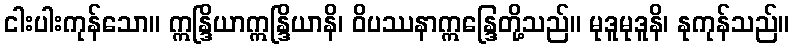
ငါးပါးကုန်သော။ ဣန္ဒြိယာဣန္ဒြိယာနိ၊ ဝိပဿနာဣန္ဒြေတို့သည်။ မုဒူမုဒူနိ၊ နုကုန်သည်။